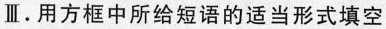
Ⅲ.用方框中所给短语的适当形式填空